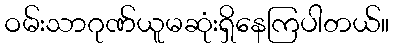
ဝမ်းသာဂုဏ်ယူမဆုံးရှိနေကြပါတယ်။